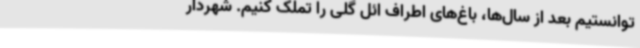
توانستیم بعد از سال‌ها، باغ‌های اطراف ائل گلی را تملک کنیم. شهردار